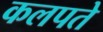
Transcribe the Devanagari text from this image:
कलपते